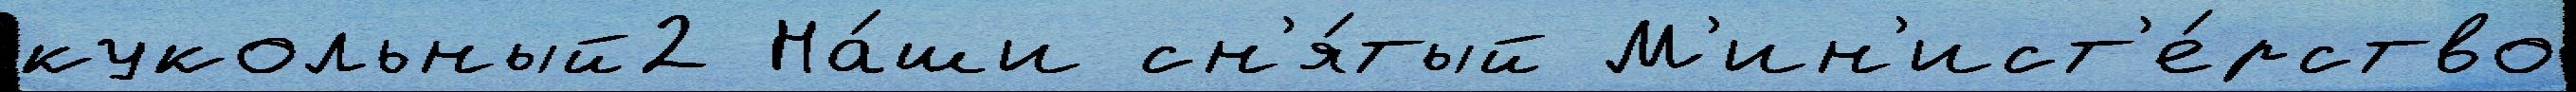
кукольный2 На́ши сн'я́тый М'ин'ист'е́рство